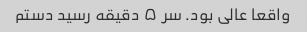
واقعا عالی بود. سر ۵ دقیقه رسید دستم